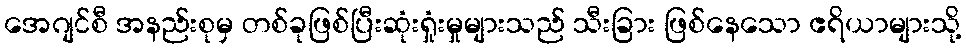
အေဂျင်စီ အနည်းစုမှ တစ်ခုဖြစ်ပြီးဆုံးရှုံးမှုများသည် သီးခြား ဖြစ်နေသော ဧရိယာများသို့